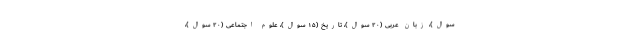
سوال)، زبان عربی (۲۰ سوال)، تاریخ (۱۵ سوال)، علوم اجتماعی (۲۰ سوال)،